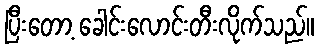
ပြီးတော့ ခေါင်းလောင်းတီးလိုက်သည်။